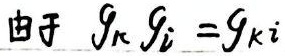
由于\(g_k g_i =g_{ki}\)